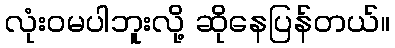
လုံးဝမပါဘူးလို့ ဆိုနေပြန်တယ်။